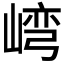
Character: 𱛾